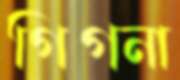
গিগনা